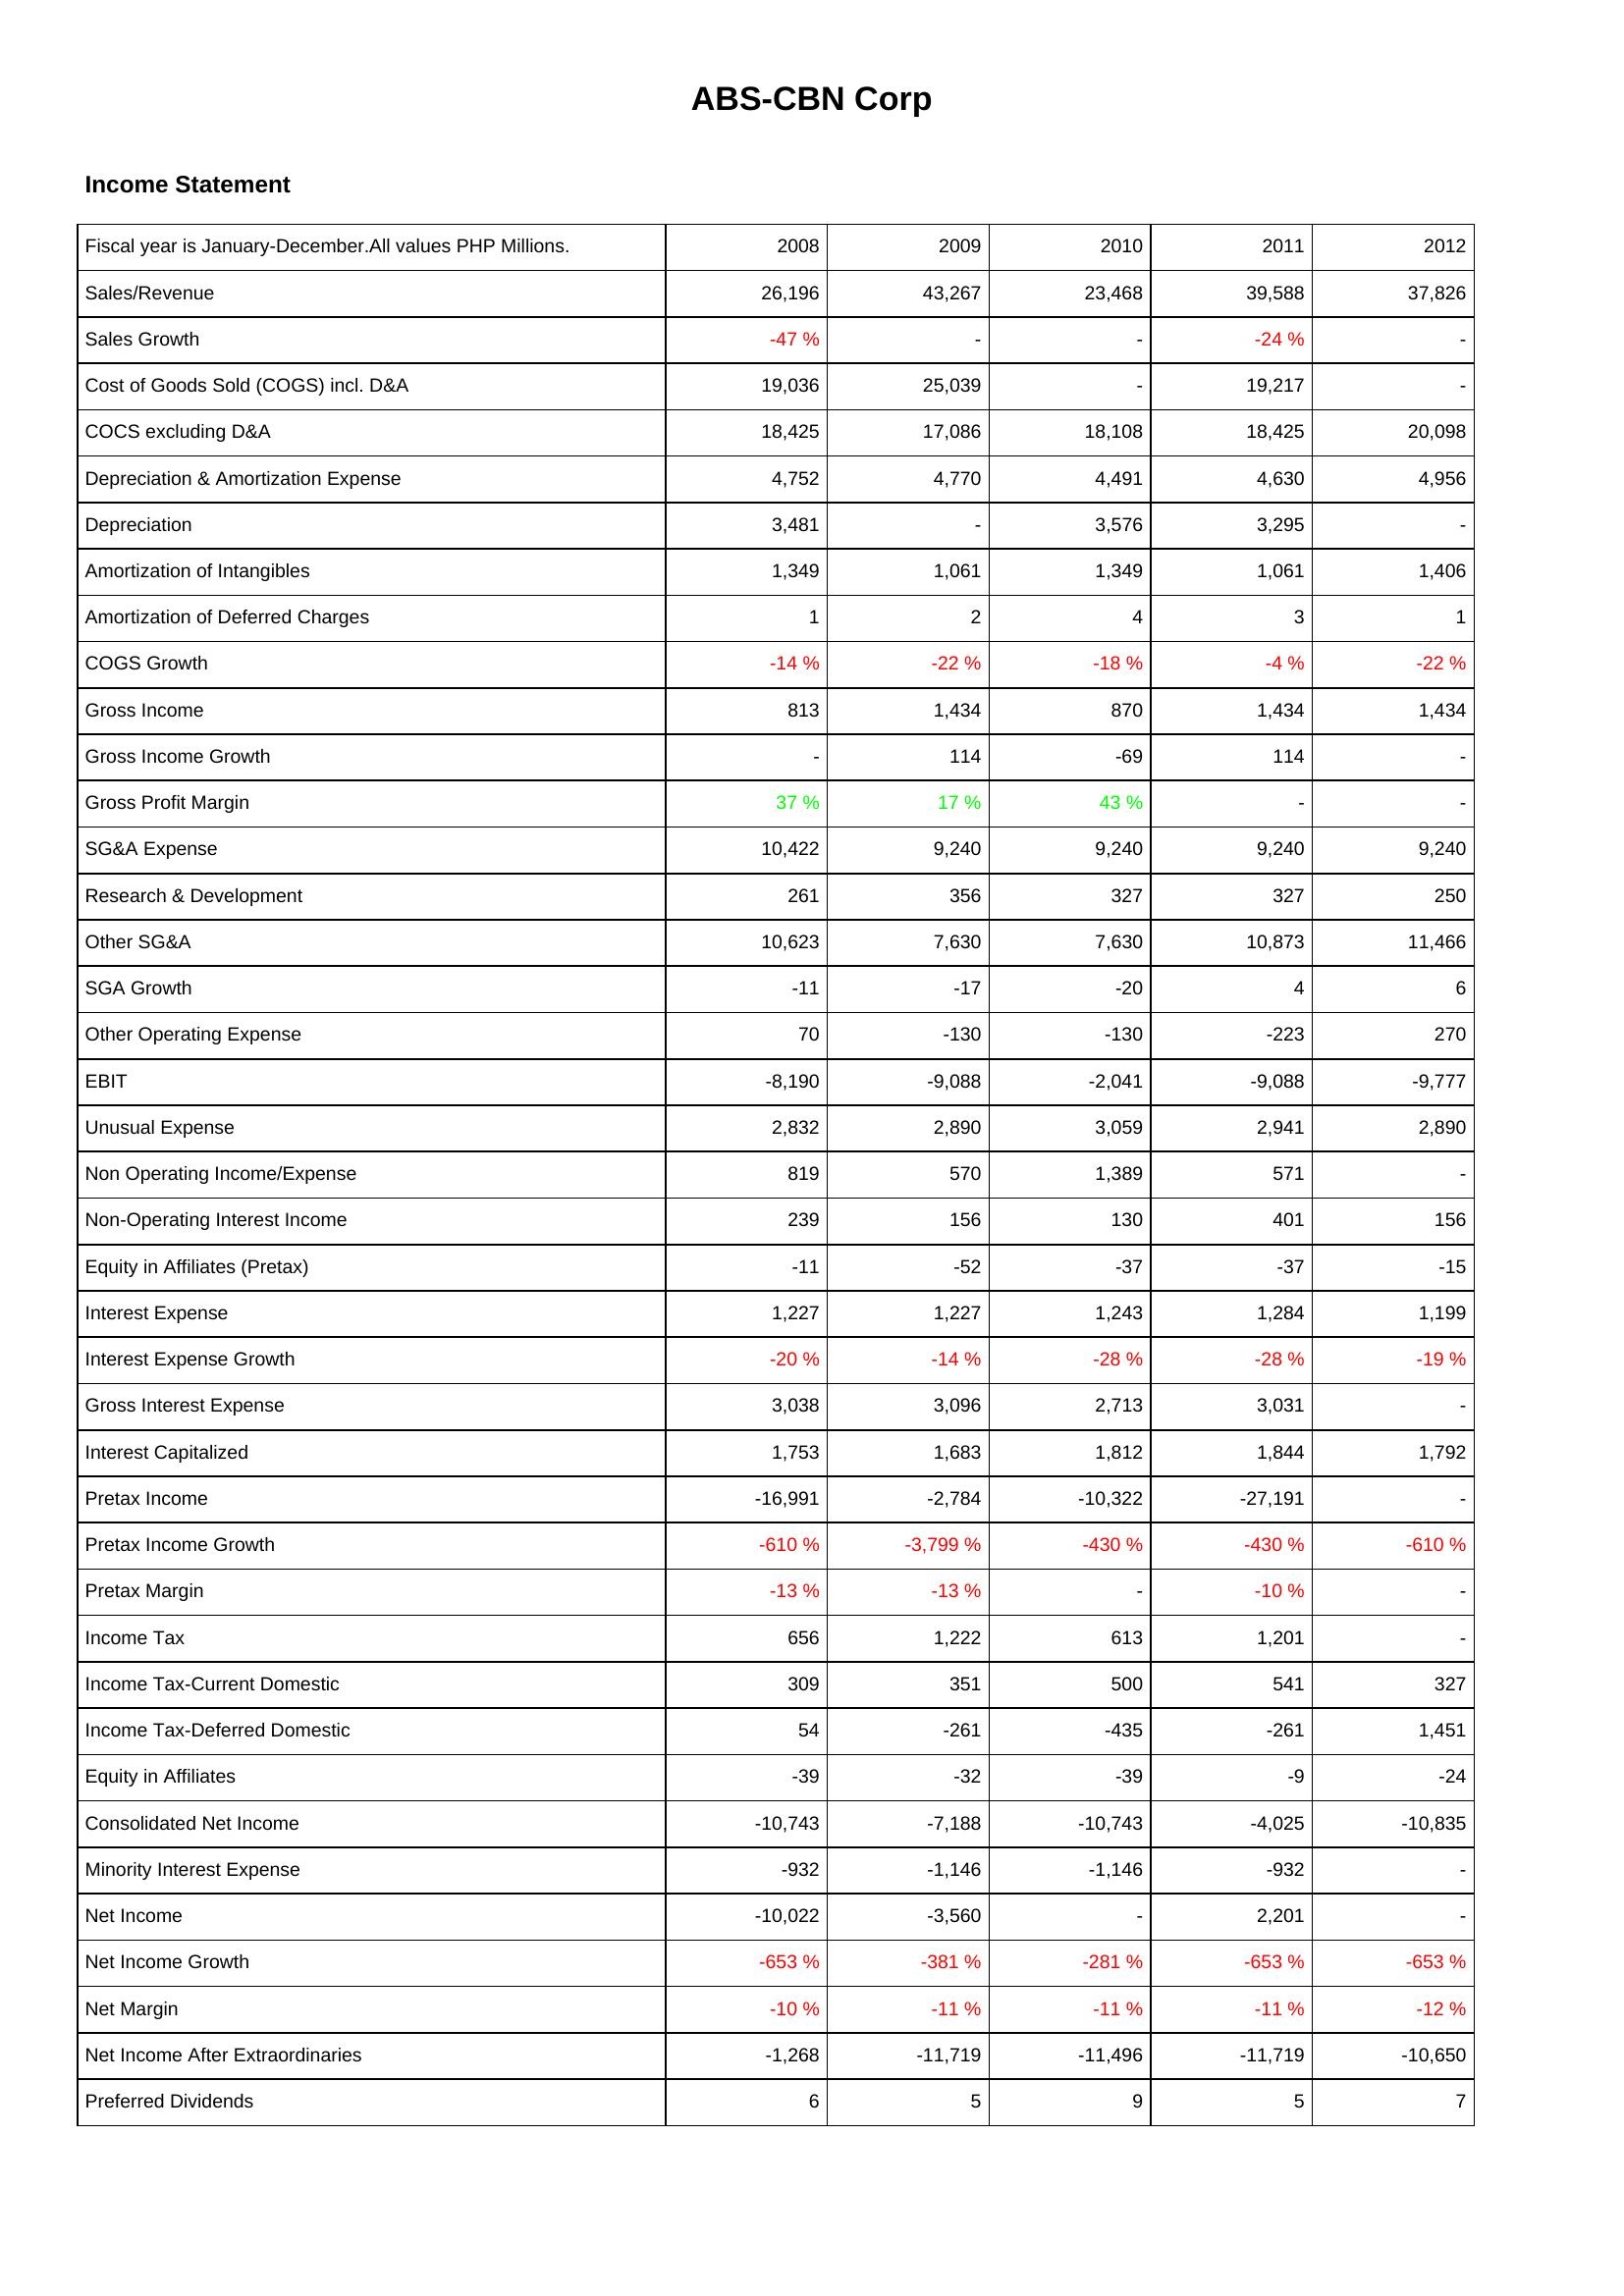
2008: Income Statement: Sales/Revenue: 26,196
Sales Growth: -47 %
Cost of Goods Sold (COGS) incl. D&A: 19,036
COCS excluding D&A: 18,425
Depreciation & Amortization Expense: 4,752
Depreciation: 3,481
Amortization of Intangibles: 1,349
Amortization of Deferred Charges: 1
COGS Growth: -14 %
Gross Income: 813
Gross Income Growth: -
Gross Profit Margin: 37 %
SG&A Expense: 10,422
Research & Development: 261
Other SG&A: 10,623
SGA Growth: -11
Other Operating Expense: 70
EBIT: -8,190
Unusual Expense: 2,832
Non Operating Income/Expense: 819
Non-Operating Interest Income: 239
Equity in Affiliates (Pretax): -11
Interest Expense: 1,227
Interest Expense Growth: -20 %
Gross Interest Expense: 3,038
Interest Capitalized: 1,753
Pretax Income: -16,991
Pretax Income Growth: -610 %
Pretax Margin: -13 %
Income Tax: 656
Income Tax-Current Domestic: 309
Income Tax-Deferred Domestic: 54
Equity in Affiliates: -39
Consolidated Net Income: -10,743
Minority Interest Expense: -932
Net Income: -10,022
Net Income Growth: -653 %
Net Margin: -10 %
Net Income After Extraordinaries: -1,268
Preferred Dividends: 6
2009: Income Statement: Sales/Revenue: 43,267
Sales Growth: -
Cost of Goods Sold (COGS) incl. D&A: 25,039
COCS excluding D&A: 17,086
Depreciation & Amortization Expense: 4,770
Depreciation: -
Amortization of Intangibles: 1,061
Amortization of Deferred Charges: 2
COGS Growth: -22 %
Gross Income: 1,434
Gross Income Growth: 114
Gross Profit Margin: 17 %
SG&A Expense: 9,240
Research & Development: 356
Other SG&A: 7,630
SGA Growth: -17
Other Operating Expense: -130
EBIT: -9,088
Unusual Expense: 2,890
Non Operating Income/Expense: 570
Non-Operating Interest Income: 156
Equity in Affiliates (Pretax): -52
Interest Expense: 1,227
Interest Expense Growth: -14 %
Gross Interest Expense: 3,096
Interest Capitalized: 1,683
Pretax Income: -2,784
Pretax Income Growth: -3,799 %
Pretax Margin: -13 %
Income Tax: 1,222
Income Tax-Current Domestic: 351
Income Tax-Deferred Domestic: -261
Equity in Affiliates: -32
Consolidated Net Income: -7,188
Minority Interest Expense: -1,146
Net Income: -3,560
Net Income Growth: -381 %
Net Margin: -11 %
Net Income After Extraordinaries: -11,719
Preferred Dividends: 5
2010: Income Statement: Sales/Revenue: 23,468
Sales Growth: -
Cost of Goods Sold (COGS) incl. D&A: -
COCS excluding D&A: 18,108
Depreciation & Amortization Expense: 4,491
Depreciation: 3,576
Amortization of Intangibles: 1,349
Amortization of Deferred Charges: 4
COGS Growth: -18 %
Gross Income: 870
Gross Income Growth: -69
Gross Profit Margin: 43 %
SG&A Expense: 9,240
Research & Development: 327
Other SG&A: 7,630
SGA Growth: -20
Other Operating Expense: -130
EBIT: -2,041
Unusual Expense: 3,059
Non Operating Income/Expense: 1,389
Non-Operating Interest Income: 130
Equity in Affiliates (Pretax): -37
Interest Expense: 1,243
Interest Expense Growth: -28 %
Gross Interest Expense: 2,713
Interest Capitalized: 1,812
Pretax Income: -10,322
Pretax Income Growth: -430 %
Pretax Margin: -
Income Tax: 613
Income Tax-Current Domestic: 500
Income Tax-Deferred Domestic: -435
Equity in Affiliates: -39
Consolidated Net Income: -10,743
Minority Interest Expense: -1,146
Net Income: -
Net Income Growth: -281 %
Net Margin: -11 %
Net Income After Extraordinaries: -11,496
Preferred Dividends: 9
2011: Income Statement: Sales/Revenue: 39,588
Sales Growth: -24 %
Cost of Goods Sold (COGS) incl. D&A: 19,217
COCS excluding D&A: 18,425
Depreciation & Amortization Expense: 4,630
Depreciation: 3,295
Amortization of Intangibles: 1,061
Amortization of Deferred Charges: 3
COGS Growth: -4 %
Gross Income: 1,434
Gross Income Growth: 114
Gross Profit Margin: -
SG&A Expense: 9,240
Research & Development: 327
Other SG&A: 10,873
SGA Growth: 4
Other Operating Expense: -223
EBIT: -9,088
Unusual Expense: 2,941
Non Operating Income/Expense: 571
Non-Operating Interest Income: 401
Equity in Affiliates (Pretax): -37
Interest Expense: 1,284
Interest Expense Growth: -28 %
Gross Interest Expense: 3,031
Interest Capitalized: 1,844
Pretax Income: -27,191
Pretax Income Growth: -430 %
Pretax Margin: -10 %
Income Tax: 1,201
Income Tax-Current Domestic: 541
Income Tax-Deferred Domestic: -261
Equity in Affiliates: -9
Consolidated Net Income: -4,025
Minority Interest Expense: -932
Net Income: 2,201
Net Income Growth: -653 %
Net Margin: -11 %
Net Income After Extraordinaries: -11,719
Preferred Dividends: 5
2012: Income Statement: Sales/Revenue: 37,826
Sales Growth: -
Cost of Goods Sold (COGS) incl. D&A: -
COCS excluding D&A: 20,098
Depreciation & Amortization Expense: 4,956
Depreciation: -
Amortization of Intangibles: 1,406
Amortization of Deferred Charges: 1
COGS Growth: -22 %
Gross Income: 1,434
Gross Income Growth: -
Gross Profit Margin: -
SG&A Expense: 9,240
Research & Development: 250
Other SG&A: 11,466
SGA Growth: 6
Other Operating Expense: 270
EBIT: -9,777
Unusual Expense: 2,890
Non Operating Income/Expense: -
Non-Operating Interest Income: 156
Equity in Affiliates (Pretax): -15
Interest Expense: 1,199
Interest Expense Growth: -19 %
Gross Interest Expense: -
Interest Capitalized: 1,792
Pretax Income: -
Pretax Income Growth: -610 %
Pretax Margin: -
Income Tax: -
Income Tax-Current Domestic: 327
Income Tax-Deferred Domestic: 1,451
Equity in Affiliates: -24
Consolidated Net Income: -10,835
Minority Interest Expense: -
Net Income: -
Net Income Growth: -653 %
Net Margin: -12 %
Net Income After Extraordinaries: -10,650
Preferred Dividends: 7